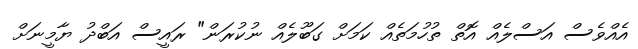
އެއްވެސް އަސްލެއް އޮތް ތުހުމަތެއް ކަމަށް ގަބޫލެއް ނުކުރަން" ރައީސް އަބްދު ޔާމީނަށް